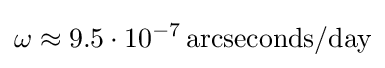
\omega \approx 9.5\cdot 10^{-7}\,\mathrm {arcseconds} /\mathrm {day}